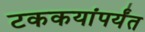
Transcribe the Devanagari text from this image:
टककयांपर्यंत